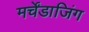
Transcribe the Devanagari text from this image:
मर्चेंडाजिंग